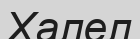
Халел